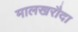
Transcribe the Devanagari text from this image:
मालखरौदा